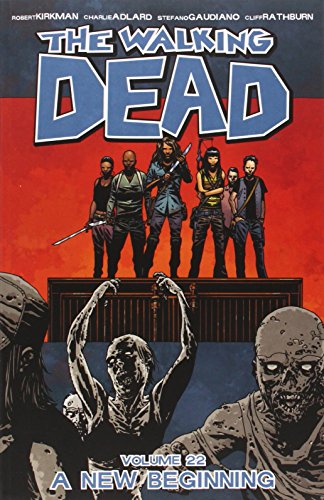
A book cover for The Walking Dead Volume 22: A New Beginning; Robert Kirkman; Comics & Graphic Novels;